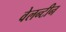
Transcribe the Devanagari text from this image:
वेलन्टीन